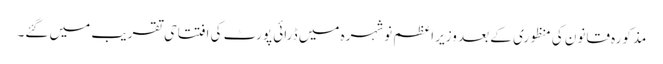
مذکورہ قانون کی منظوری کے بعد وزیر اعظم نوشہرہ میں ڈرائی پورٹ کی افتتاحی تقریب میں گئے۔